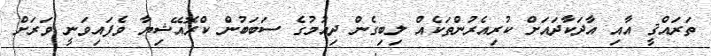
ތަރައްޤީ އާއި އާދަކާދައަށް ކުރިއެރުންތަކެއް ލިބިގެން ދިއުމުގެ ސަބަބުން ކްރޮއޭޝިޔާ ވެފައިވަނީ ވަރަށް